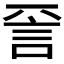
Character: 𬢝